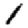
Digit: 1